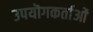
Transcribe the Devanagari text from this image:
उपयॊगकर्ताओं